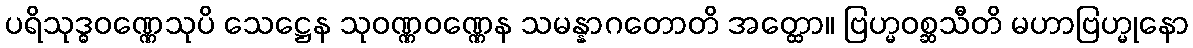
ပရိသုဒ္ဓဝဏ္ဏေသုပိ သေဋ္ဌေန သုဝဏ္ဏဝဏ္ဏေန သမန္နာဂတောတိ အတ္ထော။ ဗြဟ္မဝစ္ဆသီတိ မဟာဗြဟ္မုနော